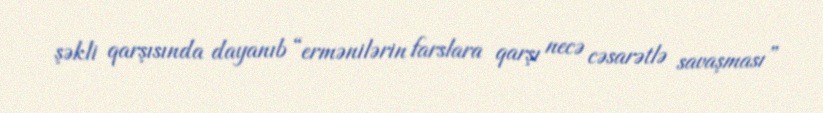
şəkli qarşısında dayanıb “ermənilərin farslara qarşı necə cəsarətlə savaşması”